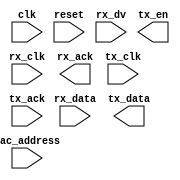
module ethernet_mac(
    input clk,
    input reset,
    // Rx interface
    input rx_clk,
    input [7:0] rx_data,
    input rx_dv,
    output rx_ack,
    // Tx interface
    input tx_clk,
    output reg [7:0] tx_data,
    output reg tx_en,
    input tx_ack,
    // MAC Address
    input [47:0] mac_address
    // ... other ports and configurations needed
);

// Internal signals for frame processing, control state machines, etc.

// Receiver logic
always @(posedge rx_clk or posedge reset) begin
    if (reset) begin
        // Reset logic
    end else begin
        // Frame reception and processing
    end
end

// Transmitter logic
always @(posedge tx_clk or posedge reset) begin
    if (reset) begin
        // Reset logic
    end else begin
        // Frame transmission
    end
end

// Control logic, state machines, etc.

endmodule